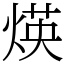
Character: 煐